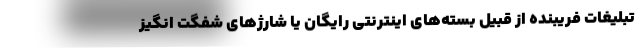
تبلیغات فریبنده از قبیل بسته‌های اینترنتی رایگان یا شارژهای شفگت انگیز